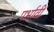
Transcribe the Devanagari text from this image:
पर्भावी